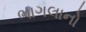
ભાગલાનો